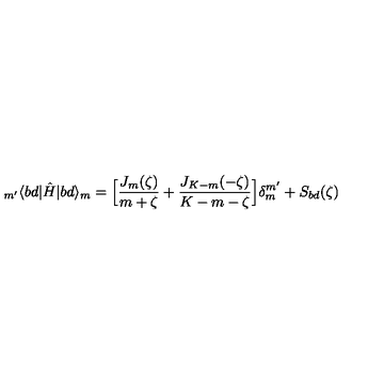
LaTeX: _ { m ^ { \prime } } \langle b d | \hat { H } | b d \rangle _ { m } = \Big [ \frac { J _ { m } ( \zeta ) } { m + \zeta } + \frac { J _ { K - m } ( - \zeta ) } { K - m - \zeta } \Big ] \delta _ { m } ^ { m ^ { \prime } } + S _ { b d } ( \zeta )